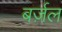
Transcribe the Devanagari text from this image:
बर्ज़ल